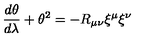
\frac { d \theta } { d \lambda } + \theta ^ { 2 } = - R _ { \mu \nu } { \xi } ^ { \mu } { \xi } ^ { \nu }